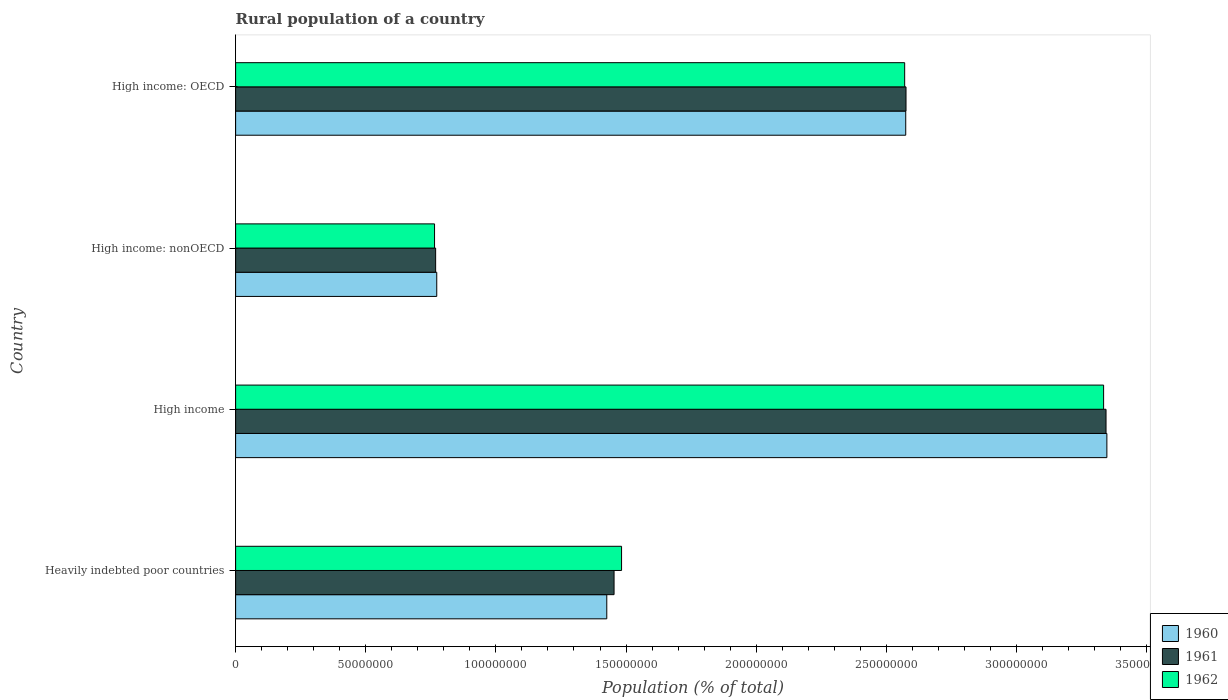
| Country | 1960 | 1961 | 1962 |
 | --- | --- | --- | --- |
 | Heavily indebted poor countries | 1.43e+08 | 1.45e+08 | 1.48e+08 |
 | High income | 3.35e+08 | 3.34e+08 | 3.33e+08 |
 | High income: nonOECD | 7.73e+07 | 7.69e+07 | 7.64e+07 |
 | High income: OECD | 2.57e+08 | 2.58e+08 | 2.57e+08 |